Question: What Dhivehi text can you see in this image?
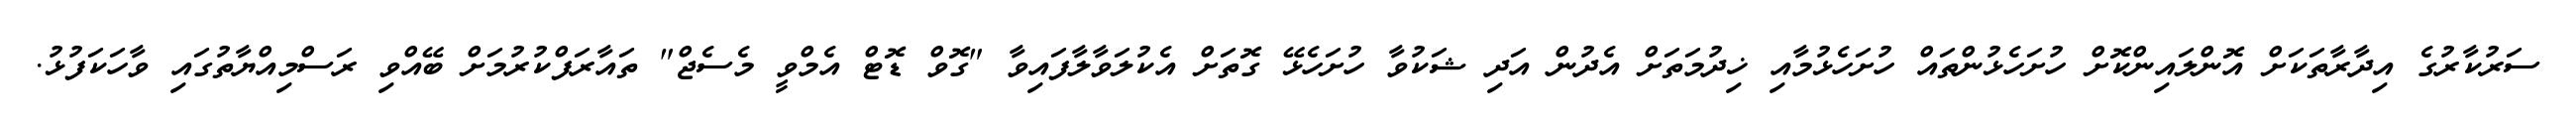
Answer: ސަރުކާރުގެ އިދާރާތަކަށް އޮންލައިންކޮށް ހުށަހެޅުންތައް ހުށަހެޅުމާއި ޚިދުމަތަށް އެދުން އަދި ޝަކުވާ ހުށަހެޅޭ ގޮތަށް އެކުލަވާލާފައިވާ "ގޮވް ޑޮޓް އެމްވީ މެސެޖް" ތައާރަފްކުރުމަށް ބޭއްވި ރަސްމިއްޔާތުގައި ވާހަކަފުޅު.